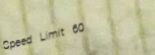
Speed Limit 60